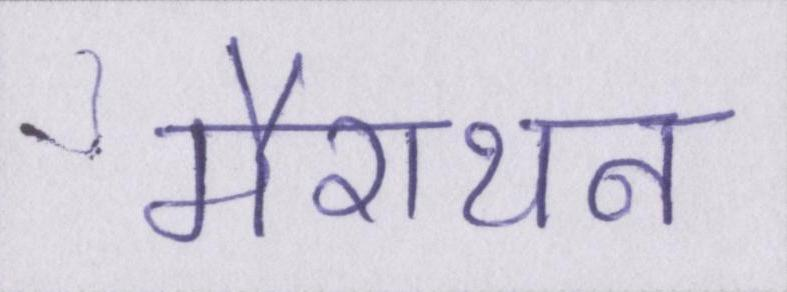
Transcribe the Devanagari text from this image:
मैराथन